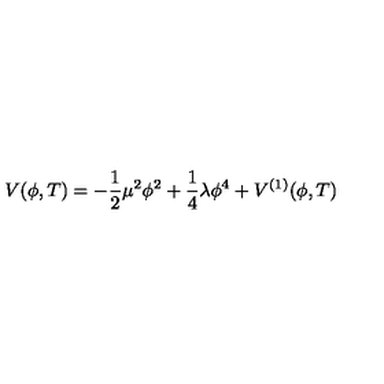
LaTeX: V ( \phi , T ) = - { \frac { 1 } { 2 } } \mu ^ { 2 } \phi ^ { 2 } + \frac { 1 } { 4 } \lambda \phi ^ { 4 } + V ^ { ( 1 ) } ( \phi , T )